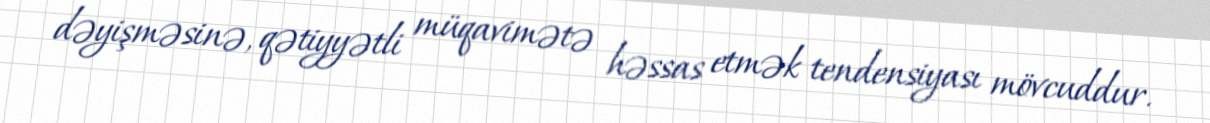
dəyişməsinə, qətiyyətli müqavimətə həssas etmək tendensiyası mövcuddur.